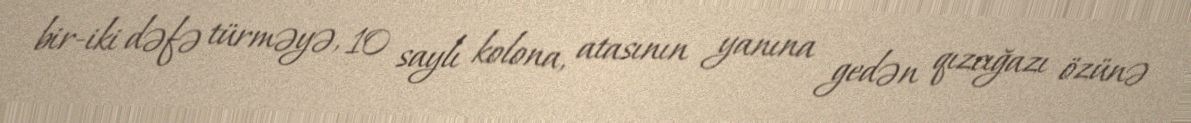
bir-iki dəfə türməyə, 10 saylı kolona, atasının yanına gedən qızcığazı özünə